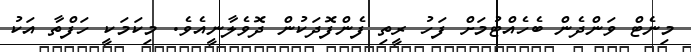
މިނެޓް ވަންދެން ބެހެއްޓުމަށް ފަހު ރީތި ފެންފޮދަކުން ދޮވެލާނީއެވެ. މިކަމަކީ ހަފްތާ އަކު